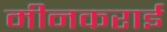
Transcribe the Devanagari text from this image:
मीनकराई